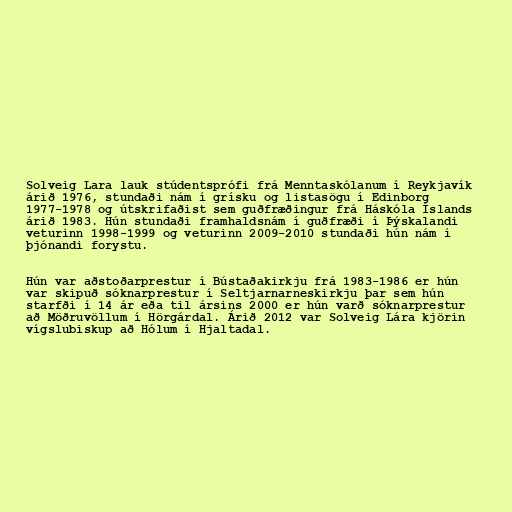
Solveig Lara lauk stúdentsprófi frá Menntaskólanum í Reykjavík
árið 1976, stundaði nám í grísku og listasögu í Edinborg
1977-1978 og útskrifaðist sem guðfræðingur frá Háskóla Íslands
árið 1983. Hún stundaði framhaldsnám í guðfræði í Þýskalandi
veturinn 1998-1999 og veturinn 2009-2010 stundaði hún nám í
þjónandi forystu.

Hún var aðstoðarprestur í Bústaðakirkju frá 1983-1986 er hún
var skipuð sóknarprestur í Seltjarnarneskirkju þar sem hún
starfði í 14 ár eða til ársins 2000 er hún varð sóknarprestur
að Möðruvöllum í Hörgárdal. Árið 2012 var Solveig Lára kjörin
vígslubiskup að Hólum í Hjaltadal.